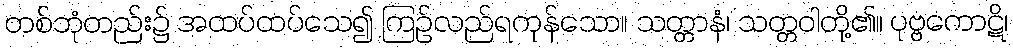
တစ်ဘုံတည်း၌ အထပ်ထပ်သေ၍ ကြဉ်လည်ရကုန်သော။ သတ္တာနံ၊ သတ္တဝါတို့၏။ ပုဗ္ဗကောဋိ၊